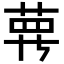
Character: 𦲿